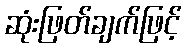
ဆုံးဖြတ်ချက်ဖြင့်